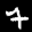
Label: 7